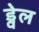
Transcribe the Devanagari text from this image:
ड्वेल